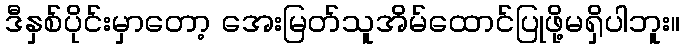
ဒီနှစ်ပိုင်းမှာတော့ အေးမြတ်သူအိမ်ထောင်ပြုဖို့မရှိပါဘူး။